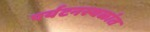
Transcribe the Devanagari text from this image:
पर्यटनस्थळांत